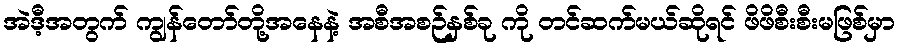
အဲဒီ့အတွက် ကျွန်တော်တို့အနေနဲ့ အစီအစဉ်နှစ်ခု ကို တင်ဆက်မယ်ဆိုရင် ဖိဖိစီးစီးမဖြစ်မှာ